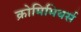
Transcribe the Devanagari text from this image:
क्रोमिमियर्स